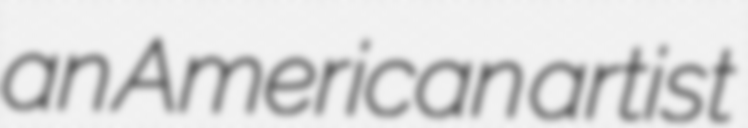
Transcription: an American artist